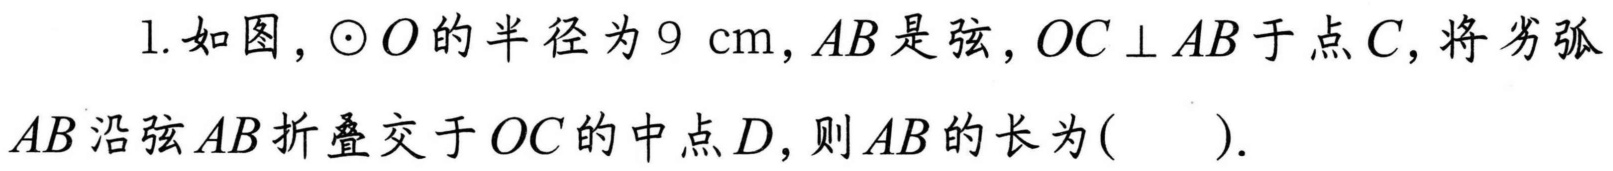
1. 如图，\(\odot O\)的半径为\(9\ \text{cm}\)，\(AB\)是弦，\(OC\perp AB\)于点\(C\)，将劣弧\(AB\)沿弦\(AB\)折叠交于\(OC\)的中点\(D\)，则\(AB\)的长为(  ).